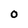
Character: 0